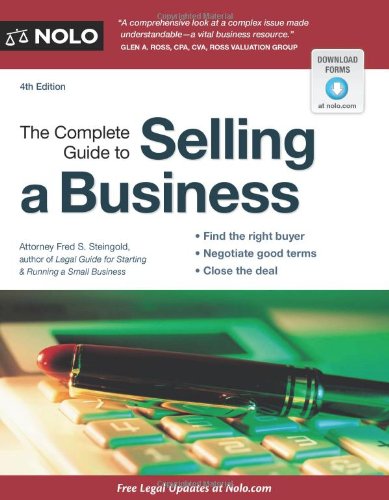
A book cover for The Complete Guide to Selling a Business; Fred S. Steingold; Law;